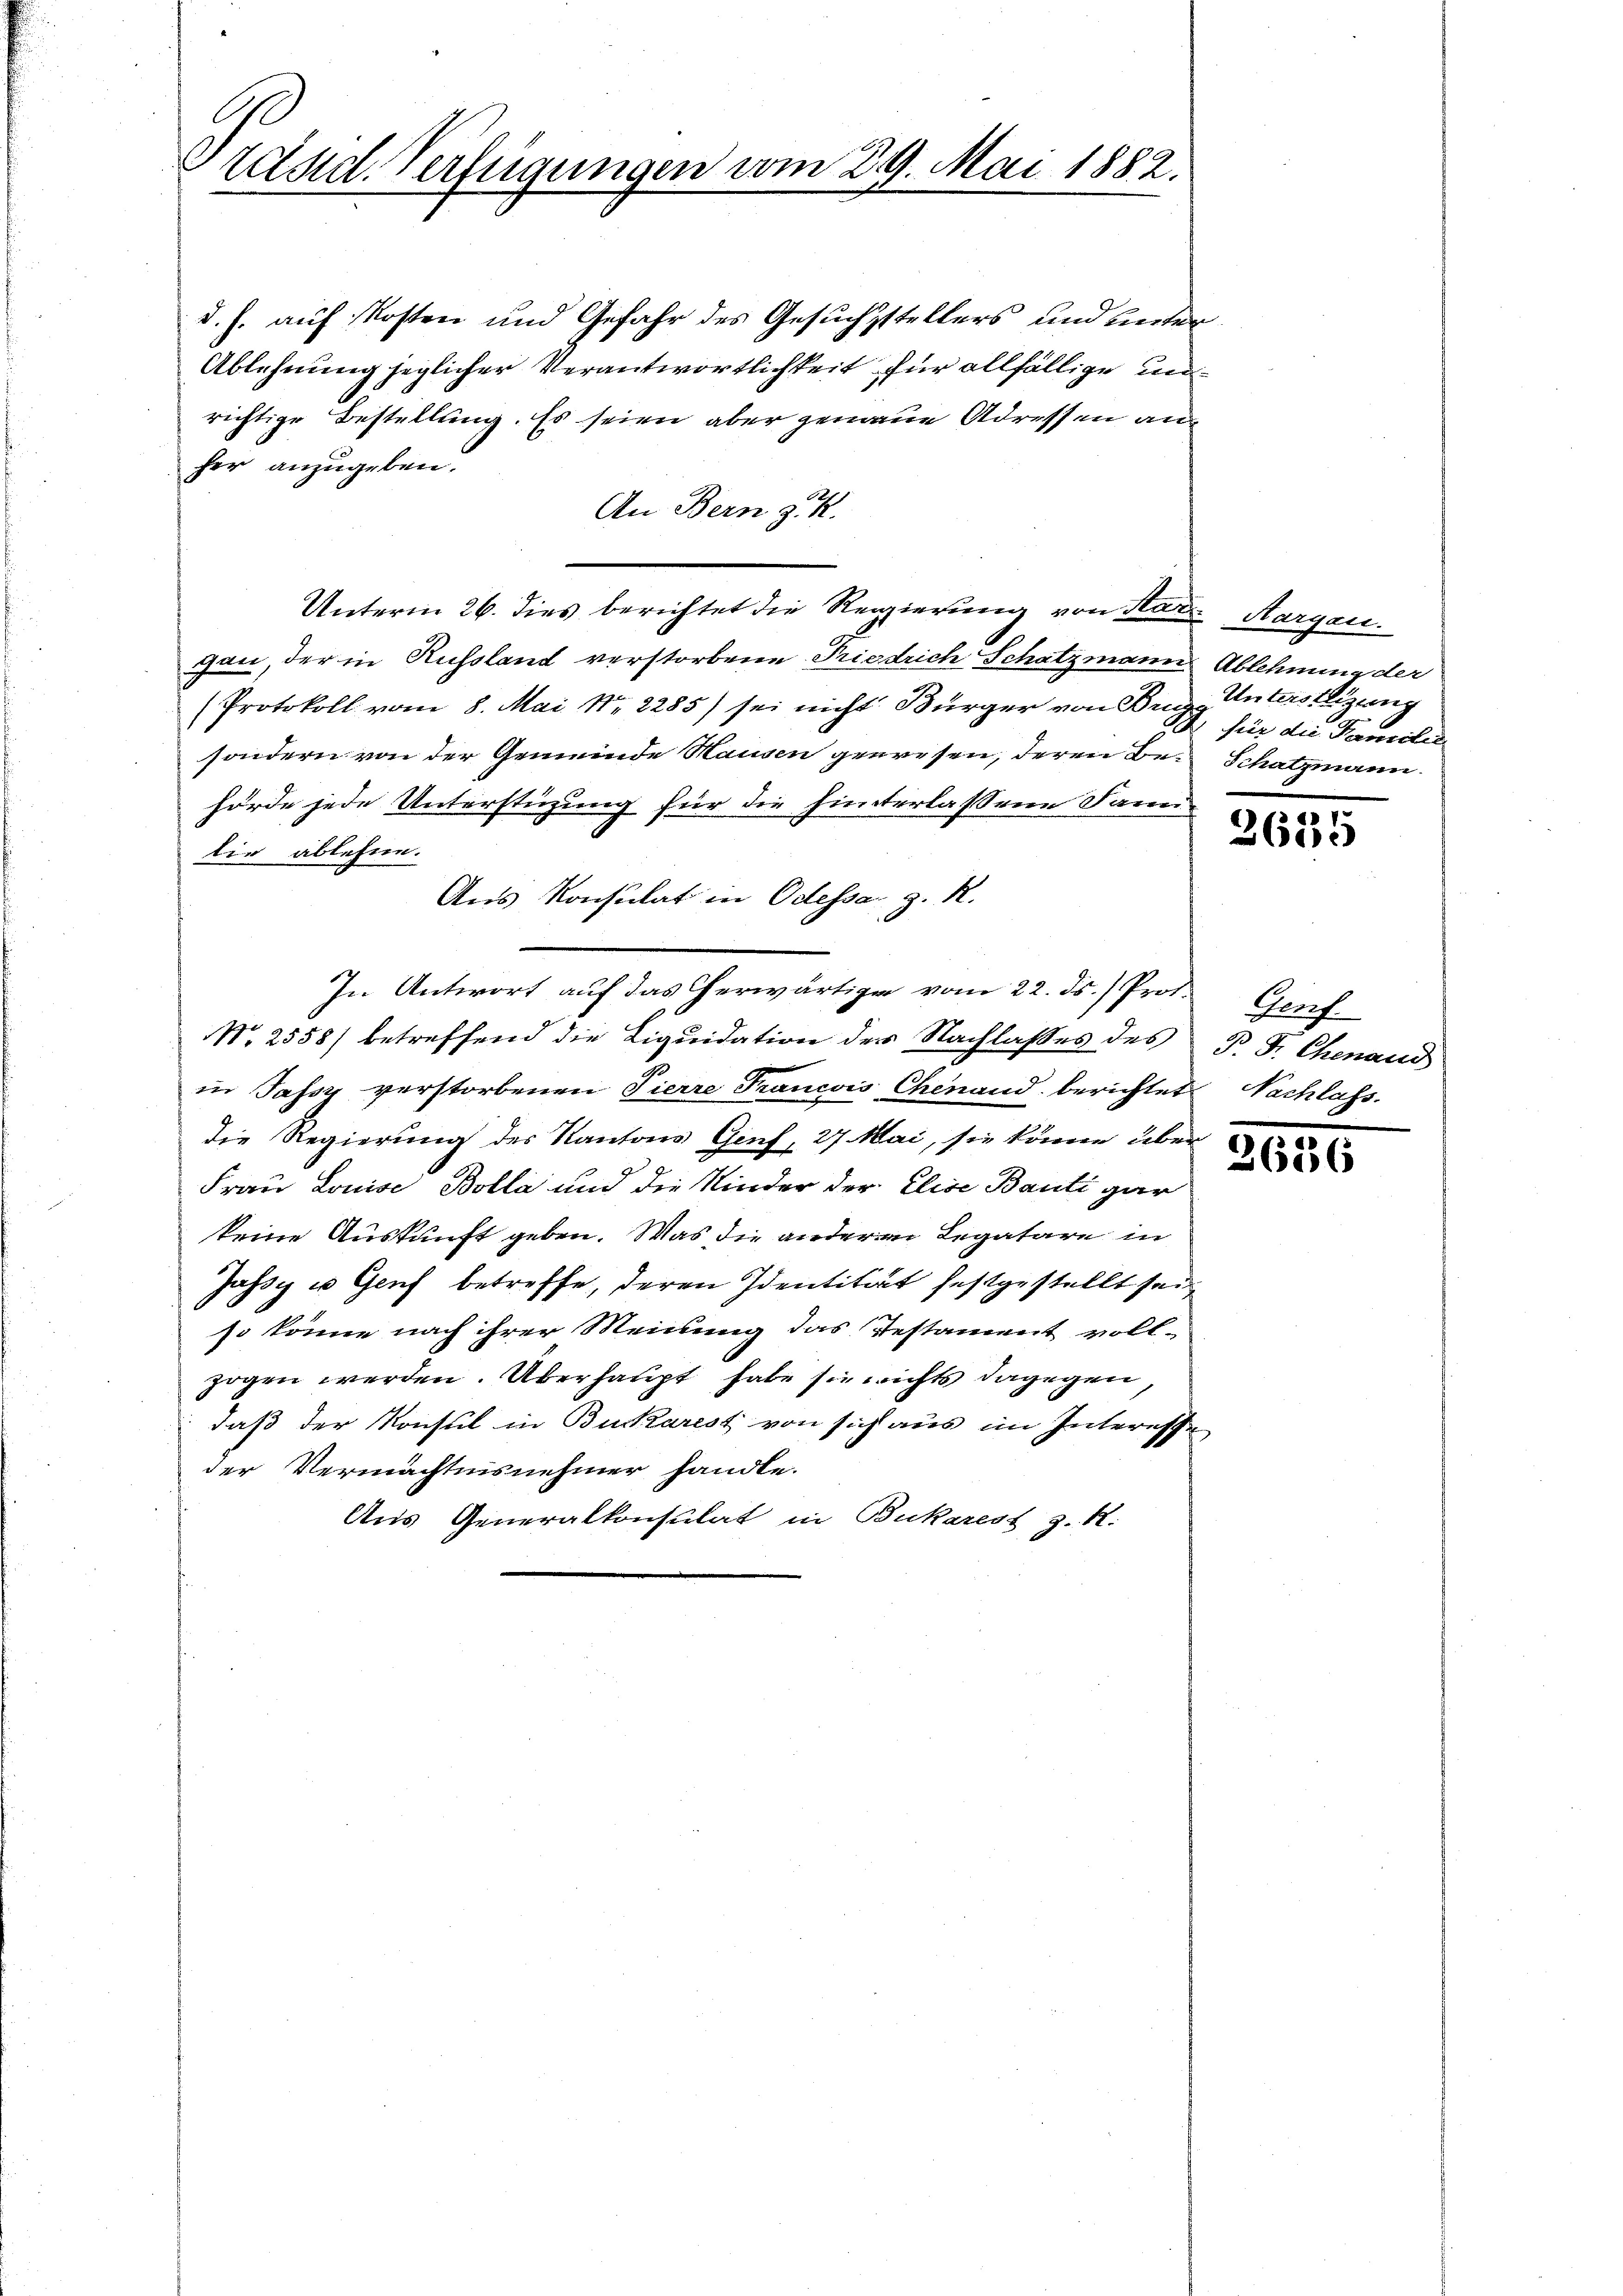
Prand. Verfügungen vom 29. Mai 1882.

d. h. auf Kosten und Gefahr des Gesuchsstellers und unter¬
Ablehnung jeglicher Verantwortlichkeit für allfällige unrichtige Bestellung. Es seien aber genaue Adressen an
her anzugeben.
An Bern zuk
Unterm 26. dies berichtet die Regierung von Stat. Margau.
Gute, der in Russland verstorbene Friedrich Schatzmann Ablehnung der
Protokoll vom 8. Mai 182285) sei nicht Bürger von Burg-Unterstlizung
sondern von der Gemeinde Hausen geeresen, deren Bei Schatzmann
hörde jede Unterstüzung für die hinterlassene Janu
lie ablehne.
Aus Konsulat in Odessa z. R.
In Antwort auf das herwärtige vom 22. ds.) Prof.
N. 2558) betreffend die Liquidation der Nachlaßes des P. F. Chenaud
in Tassz verstorbenen Pierre Francois Chenand berichtet
die Regierung des Kantons Genf, 27 Mai, sie könne über
Frau Louise Bolla und die Kinder der Elise Banti gar
keine Auskunft geben. Was die anderen Legatare in
Jassy u Genf betreffe, deren Identität festgestellt sein
so könne nach ihrer Meinung das Testament voll-
zogen werden. Überhaupt habe sie nichts dagegen
daß der Konsul in Burkarest von sich aus im Interesse
der Vermächtnisnehmer handle.
Aus Generalkonsulat in Bukaress z. R.

2 für die Familie

2635

Hauf
Nachlass.

26186